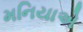
મનિયાએ